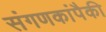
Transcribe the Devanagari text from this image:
संगणकांपैकी